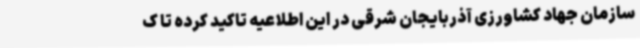
سازمان جهاد کشاورزی آذربایجان شرقی در این اطلاعیه تاکید کرده تا ک